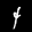
Label: 4